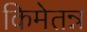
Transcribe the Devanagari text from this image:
किमेतन्न